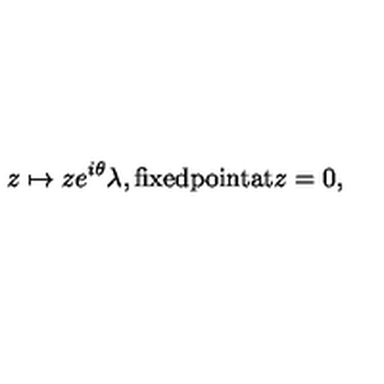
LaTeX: z \mapsto z e ^ { i \theta } \lambda , \mathrm { f i x e d p o i n t a t } z = 0 ,